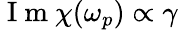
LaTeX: \mathrm{~I~m~}\chi(\omega_{p})\propto\gamma